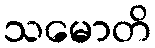
သမောတိ